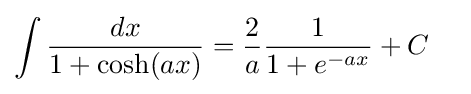
\int {\frac {dx}{1+\cosh(ax)}}={\frac {2}{a}}{\frac {1}{1+e^{-ax}}}+C\quad